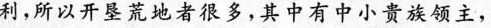
利，所以开垦荒地者很多，其中有中小贵族领主，